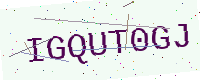
Text: IGQUT0GJ